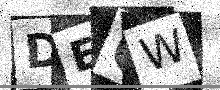
Text: DEGW